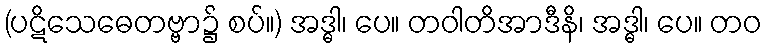
(ပဋိသေဓေတဗ္ဗာ၌ စပ်။) အဒ္ဓါ၊ ပေ။ တဝါတိအာဒီနိ၊ အဒ္ဓါ၊ ပေ။ တဝ